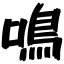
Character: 鳴